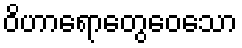
ဝိဟာရောတွေဝေသော